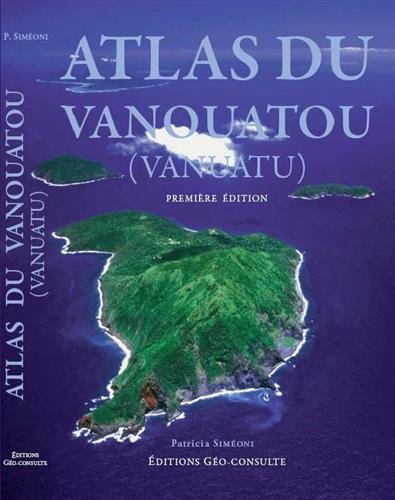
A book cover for Atlas Du Vanouatou (Vanuatu).; Patricia Simeoni; Travel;